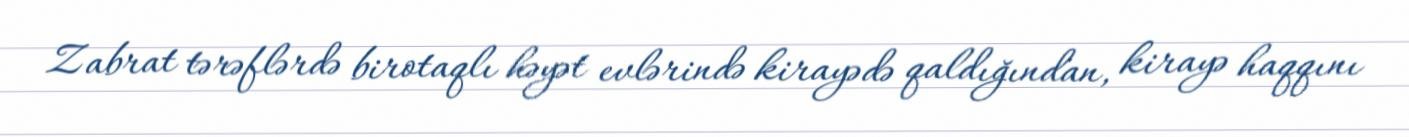
Zabrat tərəflərdə birotaqlı həyət evlərində kirayədə qaldığından, kirayə haqqını